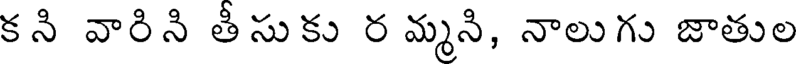
క ని వారిని తీసుకు ర మ్మని, నాలుగు జాతుల